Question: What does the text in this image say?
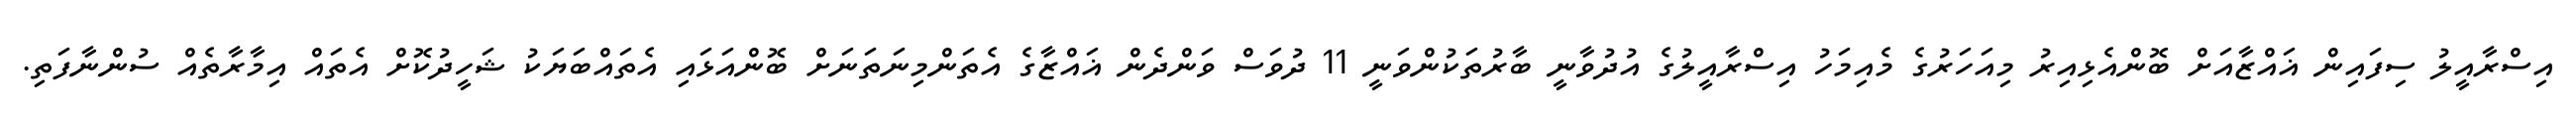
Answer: އިސްރާއީލު ސިފައިން ޣައްޒާއަށް ބޮންއެޅިއިރު މިއަހަރުގެ މެއިމަހު އިސްރާއީލުގެ އުދުވާނީ ބާރުތަކުންވަނީ 11 ދުވަސް ވަންދެން ޣައްޒާގެ އެތަންމިނަތަނަށް ބޮންއަޅައި އެތައްބަޔަކު ޝަހީދުކޮށް އެތައް އިމާރާތެއް ސުންނާފަތި.